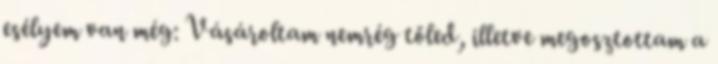
esélyem van még: Vásároltam nemrég tőled, illetve megosztottam a